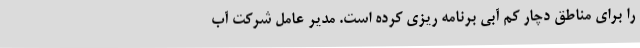
را برای مناطق دچار کم آبی برنامه ریزی کرده است. مدیر عامل شرکت آب